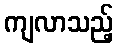
ကျလာသည့်